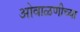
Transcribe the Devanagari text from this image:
ओवाळणीच्या